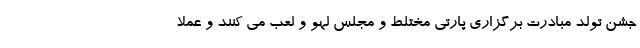
جشن تولد مبادرت برگزاری پارتی مختلط و مجلس لهو و لعب می کنند و عملا